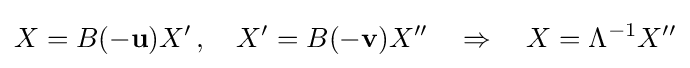
X=B(-\mathbf {u} )X'\,,\quad X'=B(-\mathbf {v} )X''\quad \Rightarrow \quad X=\Lambda ^{-1}X''